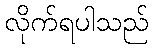
လိုက်ရပါသည်